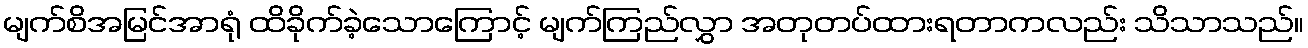
မျက်စိအမြင်အာရုံ ထိခိုက်ခဲ့သောကြောင့် မျက်ကြည်လွှာ အတုတပ်ထားရတာကလည်း သိသာသည်။